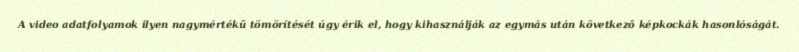
A video adatfolyamok ilyen nagymértékű tömörítését úgy érik el, hogy kihasználják az egymás után következő képkockák hasonlóságát.